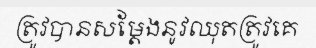
ត្រូវបានសម្តែងនូវឈុតត្រូវគេ